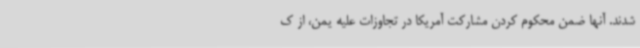
شدند. آنها ضمن محکوم کردن مشارکت آمریکا در تجاوزات علیه یمن، از ک